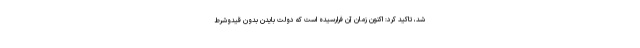
شد، تاکید کرد: اکنون زمان آن فرارسیده است که دولت بایدن بدون قیدوشرط